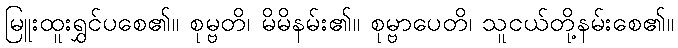
မြူးထူးရွှင်ပစေ၏။ စုမ္ဗတိ၊ မိမိနမ်း၏။ စုမ္ဗာပေတိ၊ သူငယ်တို့နမ်းစေ၏။